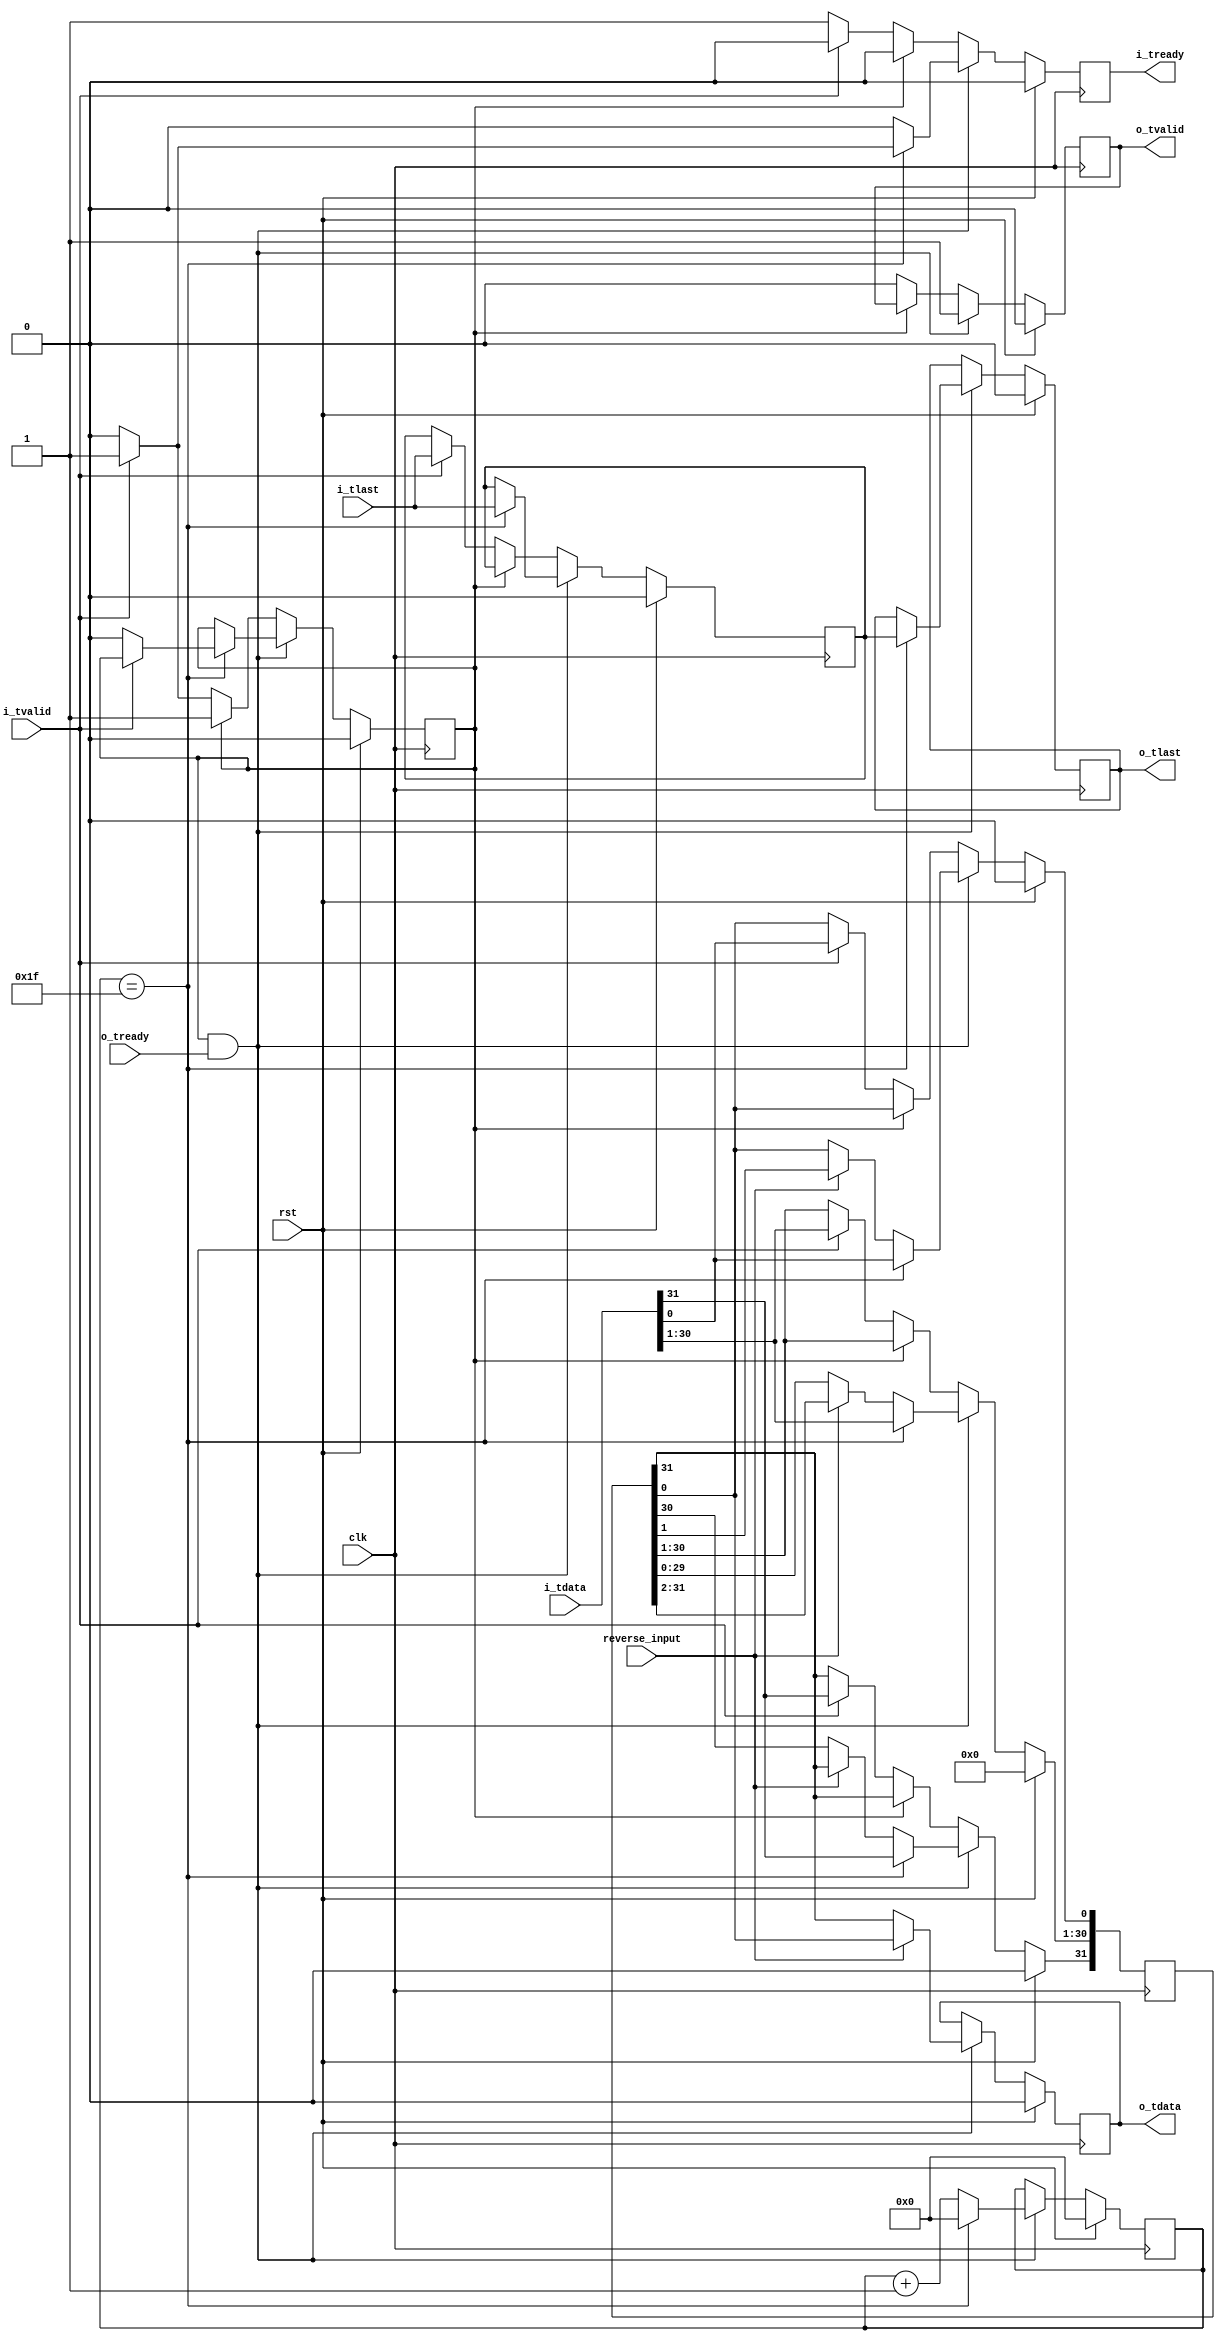
//
// Copyright 2015 Ettus Research LLC
//

module axi_serializer #(
  parameter WIDTH = 32)
(
  input clk, input rst, input reverse_input,
  input [WIDTH-1:0] i_tdata, input  i_tlast, input i_tvalid,  output reg i_tready,
  output reg o_tdata, output reg o_tlast, output reg o_tvalid, input o_tready
);

  reg i_tlast_latch;
  reg [WIDTH-1:0] serial_data_reg;
  reg [$clog2(WIDTH)-1:0] serial_cnt;
  reg serializing;

  always @(posedge clk) begin
    if (rst) begin
      i_tready        <= 1'b0;
      i_tlast_latch   <= 1'b0;
      o_tdata         <= 1'b0;
      o_tlast         <= 1'b0;
      o_tvalid        <= 1'b0;
      serial_data_reg <= 'd0;
      serializing     <= 1'b0;
      serial_cnt      <= 0;
    end else begin
      i_tready <= 1'b0;
      // Shift out a bit when downstream can consume it
      if (serializing & o_tready) begin
        o_tvalid <= 1'b1;
        if (reverse_input) begin
          o_tdata                    <= serial_data_reg[0];
          serial_data_reg[WIDTH-2:0] <= serial_data_reg[WIDTH-1:1];
        end else begin
          o_tdata                    <= serial_data_reg[WIDTH-1];
          serial_data_reg[WIDTH-1:1] <= serial_data_reg[WIDTH-2:0];
        end
        if (serial_cnt == WIDTH-1) begin
          serial_cnt      <= 0;
          serial_data_reg <= i_tdata;
          i_tlast_latch   <= i_tlast;
          o_tlast         <= i_tlast_latch;
          if (~i_tvalid) begin
            serializing <= 1'b0;
          end else begin
            i_tready <= 1'b1;
          end
        end else begin
          serial_cnt <= serial_cnt + 1;
        end
      end else if (~serializing) begin
        i_tready <= 1'b1;
        o_tvalid <= 1'b0;
        // Serial shift register (serial_data_reg) is empty, load it 
        if (i_tvalid) begin
          i_tready        <= 1'b0;
          serializing     <= 1'b1;
          i_tlast_latch   <= i_tlast;
          serial_data_reg <= i_tdata;
        end
      end
    end
  end

endmodule